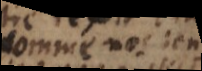
comme nos sens